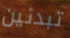
تبدئين